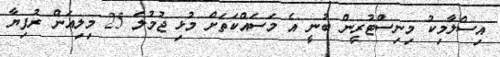
އިސްލާމިކު މިނިސްޓުރީން ބުނީ އެ މަސައްކަތަށް މުޅި ޖުމުލަ 25 މިލިއަން ރުފިޔާ